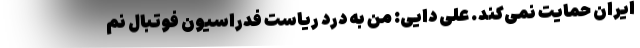
ایران حمایت نمی‌کند. علی دایی: من به درد ریاست فدراسیون فوتبال نم